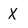
Character: X